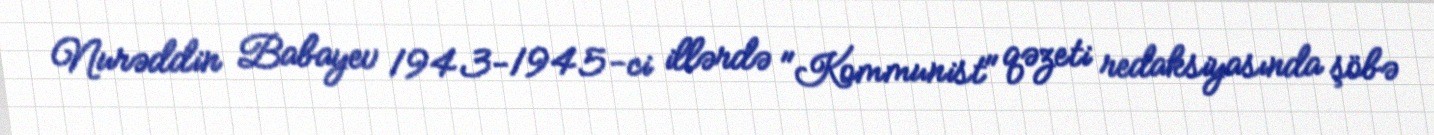
Nurəddin Babayev 1943-1945-ci illərdə "Kommunist" qəzeti redaksiyasında şöbə